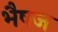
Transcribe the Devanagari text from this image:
भैषज